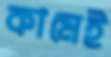
কামেই